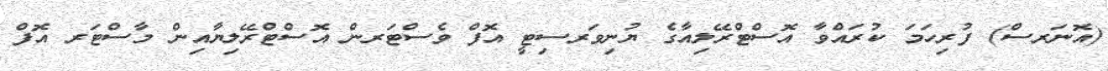
(އޮނަރސް) ފުރިހަމަ ކުރައްވާ އޮސްޓްރޭލިއާގެ ޔުނިވަރސިޓީ އޮފް ވެސްޓަރން އޮސްޓްރޭލިޔާއިން މާސްޓަރ އޮފް